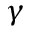
\gamma